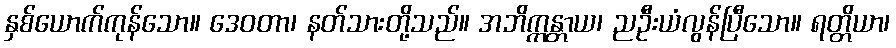
နှစ်ယောက်ကုန်သော။ ဒေဝတာ၊ နတ်သားတို့သည်။ အဘိက္ကန္တာယ၊ ညဦးယံလွန်ပြီသော။ ရတ္တိယာ၊